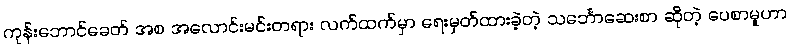
ကုန်းဘောင်ခေတ် အစ အလောင်းမင်းတရား လက်ထက်မှာ ရေးမှတ်ထားခဲ့တဲ့ သင်္ဘောဆေးစာ ဆိုတဲ့ ပေစာမူဟာ